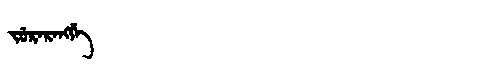
Manchu: ᠵᡠᡵᠠᡵᠠᠩᡤᡝ
Romanization: JURARANGGE